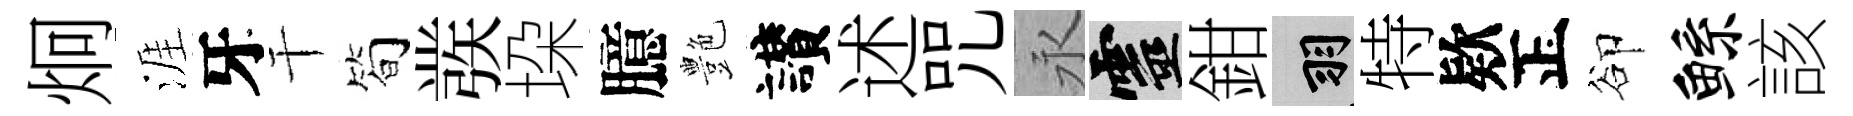
炯涯牙干简彂垜臆艶讃述咒永靈鉗羽特欵正卻鲧該